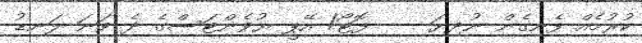
ކުރުމެއް ފެނިގެން ނުދިޔަ --- ފޮޓޯ/ އޭޕީ ޔުވެންޓަސްގެ ދެ ވަނަ ލަނޑު